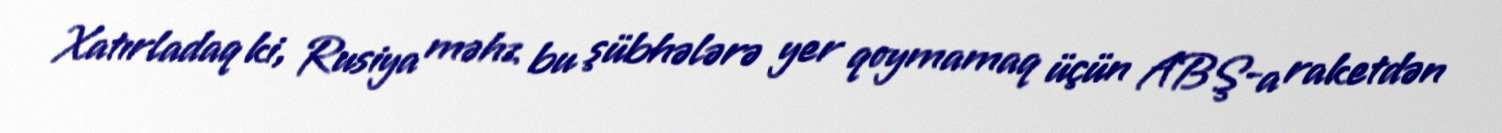
Xatırladaq ki, Rusiya məhz bu şübhələrə yer qoymamaq üçün ABŞ-a raketdən